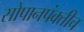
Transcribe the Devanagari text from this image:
सोपानपंक्तीच